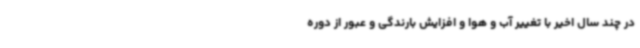
در چند سال اخیر با تغییر آب و هوا و افزایش بارندگی و عبور از دوره